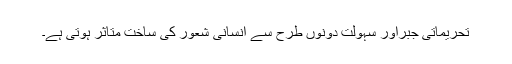
تحریماتی جبراور سہولت دونوں طرح سے انسانی شعور کی ساخت متاثر ہوتی ہے۔